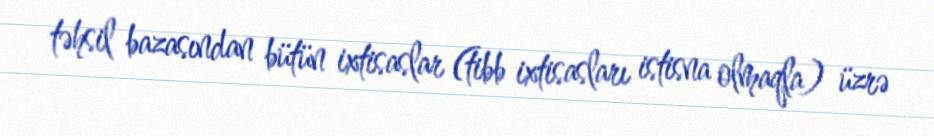
təhsil bazasından bütün ixtisaslar (tibb ixtisasları istisna olmaqla) üzrə